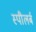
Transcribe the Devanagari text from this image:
स्पीलर्ब